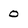
Character: o